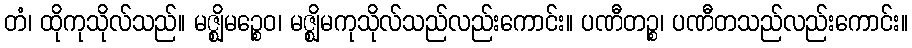
တံ၊ ထိုကုသိုလ်သည်။ မဇ္ဈိမဉ္စေဝ၊ မဇ္ဈိမကုသိုလ်သည်လည်းကောင်း။ ပဏီတဉ္စ၊ ပဏီတသည်လည်းကောင်း။